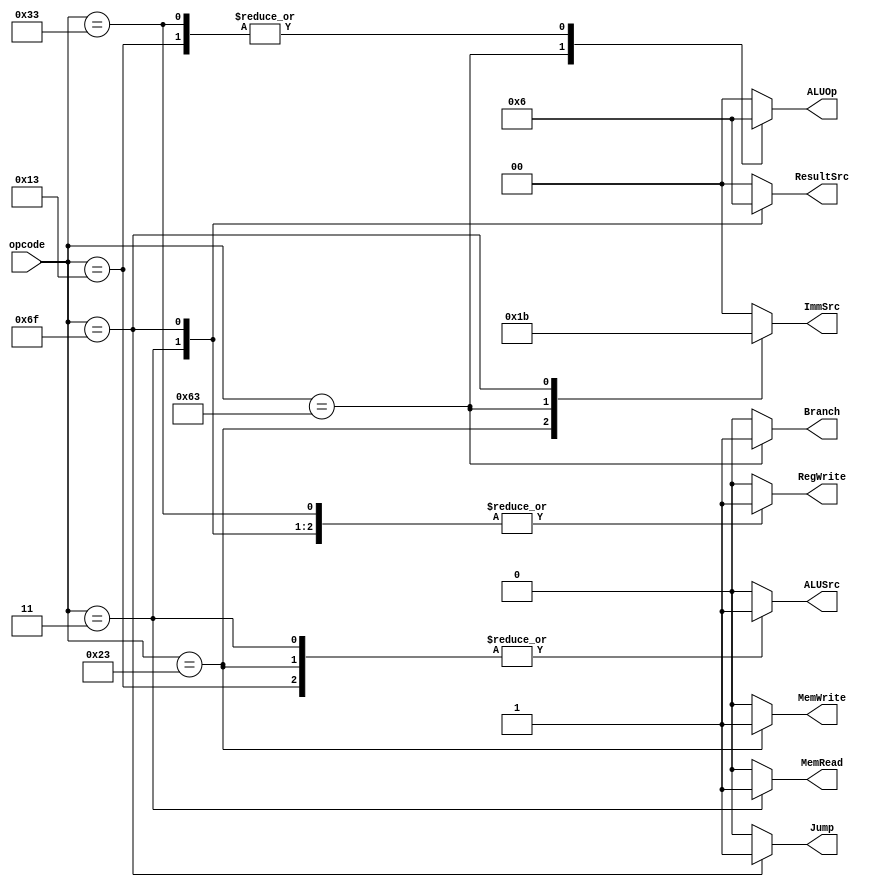
module main_decoder 
(
    input  wire    [6:0]      opcode    ,

    output reg     [1:0]      ResultSrc ,
    output reg                MemWrite  ,
    output reg                MemRead   , // For the cache memory
    output reg                ALUSrc    ,
    output reg     [1:0]      ALUOp     ,
    output reg     [1:0]      ImmSrc    ,
    output reg                RegWrite  ,
    output reg                Branch    ,
    output reg                Jump    
);

always @(*) 
begin
    case(opcode)
    7'b0000011 : begin      // instruction: lw
        RegWrite  = 1'b1  ;
        ImmSrc    = 2'b00 ;
        ALUSrc    = 1'b1  ;
        MemWrite  = 1'b0  ;
        MemRead   = 1'b1  ; // for cache
        ResultSrc = 2'b01 ;
        Branch    = 1'b0  ;
        ALUOp     = 2'b00 ;
        Jump      = 1'b0  ;
    end
    7'b0100011 : begin      // instruction: sw
        RegWrite  = 1'b0  ;
        ImmSrc    = 2'b01 ;
        ALUSrc    = 1'b1  ;
        MemWrite  = 1'b1  ;
        MemRead   = 1'b0  ; // for cache
        ResultSrc = 2'b00 ; // don't care but I left it 00 as default
        Branch    = 1'b0  ;
        ALUOp     = 2'b00 ;
        Jump      = 1'b0  ;
    end
    7'b0110011 : begin      // instruction: R-type
        RegWrite  = 1'b1  ;
        ImmSrc    = 2'b00 ; // don't care but I left it 00 as default
        ALUSrc    = 1'b0  ;
        MemWrite  = 1'b0  ;
        MemRead   = 1'b0  ; // for cache
        ResultSrc = 2'b00 ;
        Branch    = 1'b0  ;
        ALUOp     = 2'b10 ;
        Jump      = 1'b0  ;
    end
    7'b1100011 : begin      // instruction: beq
        RegWrite  = 1'b0  ;
        ImmSrc    = 2'b10 ;
        ALUSrc    = 1'b0  ;
        MemWrite  = 1'b0  ;
        MemRead   = 1'b0  ; // for cache
        ResultSrc = 2'b00 ; // don't care but I left it 00 as default
        Branch    = 1'b1  ;
        ALUOp     = 2'b01 ;
        Jump      = 1'b0  ;
    end
    7'b0010011 : begin      // instruction: I-type ALU 
        RegWrite  = 1'b1  ;
        ImmSrc    = 2'b00 ;
        ALUSrc    = 1'b1  ;
        MemWrite  = 1'b0  ;
        MemRead   = 1'b0  ; // for cache
        ResultSrc = 2'b00 ; 
        Branch    = 1'b0  ;
        ALUOp     = 2'b10 ;
        Jump      = 1'b0  ;
    end
    7'b1101111 : begin      // instruction: jal
        RegWrite  = 1'b1  ;
        ImmSrc    = 2'b11 ;
        ALUSrc    = 1'b0  ; // don't care but I left it 0 as default
        MemWrite  = 1'b0  ;
        MemRead   = 1'b0  ; // for cache
        ResultSrc = 2'b10 ; 
        Branch    = 1'b0  ;
        ALUOp     = 2'b00 ; // don't care but I left it 00 as default
        Jump      = 1'b1  ;
    end
    default : begin
        RegWrite  = 1'b0  ;
        ImmSrc    = 2'b00 ;
        ALUSrc    = 1'b0  ;
        MemWrite  = 1'b0  ;
        MemRead   = 1'b0  ; // for cache
        ResultSrc = 2'b00 ; 
        Branch    = 1'b0  ;
        ALUOp     = 2'b00 ; 
        Jump      = 1'b0  ;
    end
    endcase
end
endmodule